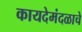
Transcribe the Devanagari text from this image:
कायदेमंदळाचे